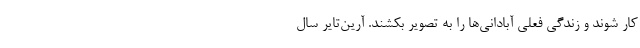
کار شوند و زندگی فعلی آبادانی‌ها را به تصویر بکشند. آرین‌تایر سال